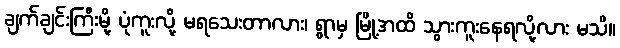
ချက်ချင်းကြီးမို့ ပုံကူးလို့ မရသေးတာလား၊ ရွာမှ မြို့အထိ သွားကူးနေရလို့လား မသိ။